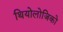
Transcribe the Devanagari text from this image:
थियोलोजिको